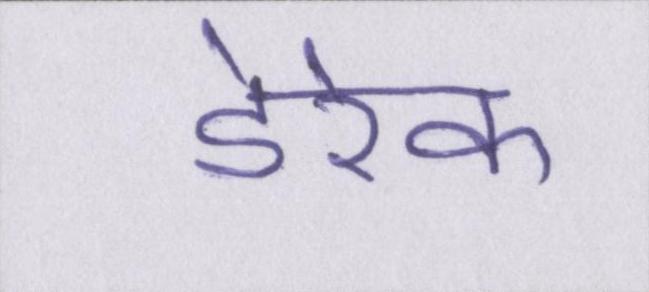
डेरेक